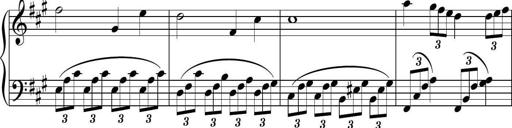
Title: Piano Sonatina in A major
Composer: Z Q Sysmoebius
Key: A major